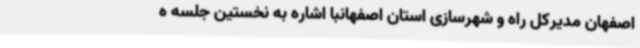
اصفهان مدیرکل راه و شهرسازی استان اصفهانبا اشاره به نخستین جلسه ه